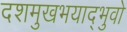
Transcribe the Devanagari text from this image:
दशमुखभयाद्भुवो